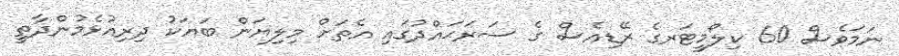
ނަމަވެސް 60 ކިލޯމީޓަރގެ ރޭޑިއެސް ގެ ސަރަޙައްދުގައި އެތަށް މިލިޔަން ބަޔަކު ދިރިއުޅެމުންދާތީ